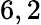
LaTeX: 6,2